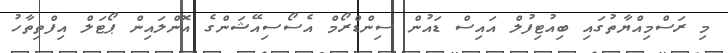
މި ރަސްމިއްޔާތުގައި ބިއުޓިފުލް އައިސް ޑައުން ސިންޑްރޯމް އެސޯސިއޭޝަންގެ އޮންލައިން ޕޯޓަލް އިފްތިތާހު